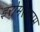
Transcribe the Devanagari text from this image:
इरोमेस्वरम्